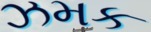
ઝમક